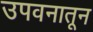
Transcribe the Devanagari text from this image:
उपवनातून